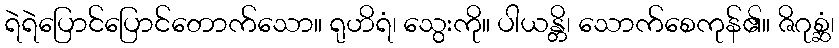
ရဲရဲပြောင်ပြောင်တောက်သော။ ရုဟိရံ၊ သွေးကို။ ပါယန္တိ၊ သောက်စေကုန်၏။ ဇိဂုစ္ဆံ၊